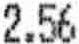
2.56